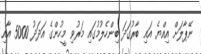
ނޭޕާލަށް އިއްޔެ އައި ބާރުގަދަ ބިންހެލުމުގައި މަރުވި މީހުންގެ އަދަދު 5000 އާއި